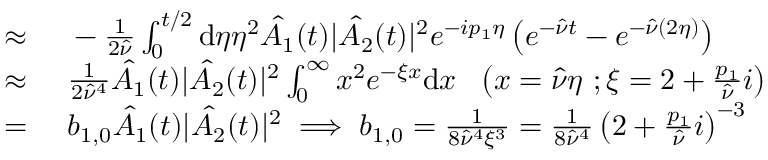
\begin{array} { r l } { \approx \ } & { { } - \frac { 1 } { 2 \hat { \nu } } \int _ { 0 } ^ { t / 2 } \mathrm { d } \eta \eta ^ { 2 } \hat { A _ { 1 } } ( t ) | \hat { A _ { 2 } } ( t ) | ^ { 2 } e ^ { - i p _ { 1 } \eta } \left( e ^ { - \hat { \nu } t } - e ^ { - \hat { \nu } ( 2 \eta ) } \right) } \\ { \approx \ } & { { } \frac { 1 } { 2 \hat { \nu } ^ { 4 } } \hat { A _ { 1 } } ( t ) | \hat { A _ { 2 } } ( t ) | ^ { 2 } \int _ { 0 } ^ { \infty } x ^ { 2 } e ^ { - \xi x } \mathrm { d } x \ \ \left( x = \hat { \nu } \eta \ ; \xi = 2 + \frac { p _ { 1 } } { \hat { \nu } } i \right) } \\ { = \ } & { { } b _ { 1 , 0 } \hat { A _ { 1 } } ( t ) | \hat { A _ { 2 } } ( t ) | ^ { 2 } \implies b _ { 1 , 0 } = \frac { 1 } { 8 \hat { \nu } ^ { 4 } \xi ^ { 3 } } = \frac { 1 } { 8 \hat { \nu } ^ { 4 } } \left( 2 + \frac { p _ { 1 } } { \hat { \nu } } i \right) ^ { - 3 } } \end{array}